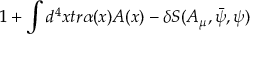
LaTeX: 1 + \int d ^ { 4 } x t r \alpha ( x ) A ( x ) - \delta S ( A _ { \mu } , \bar { \psi } , \psi )